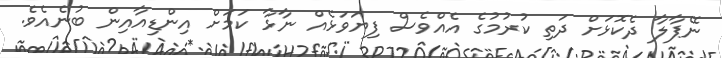
ނޭޕާލާ ދެކޮޅަށް ދަތި ކުރުމުގެ އެއްވެސް ފިޔަވަޅެއް ނާޅާ ކަމަށް އިންޑިއާއިން ބުނެއެވެ.